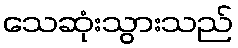
သေဆုံးသွားသည်